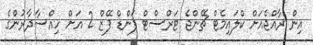
އިން ރާއްޖެއަށް ކްލައިމެޓް ޗޭންޖެ ޓަރްސްޓް ފަންޑް ފޭޒް 2 އަށް ހިއްސާދާރުންގެ